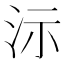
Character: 沶